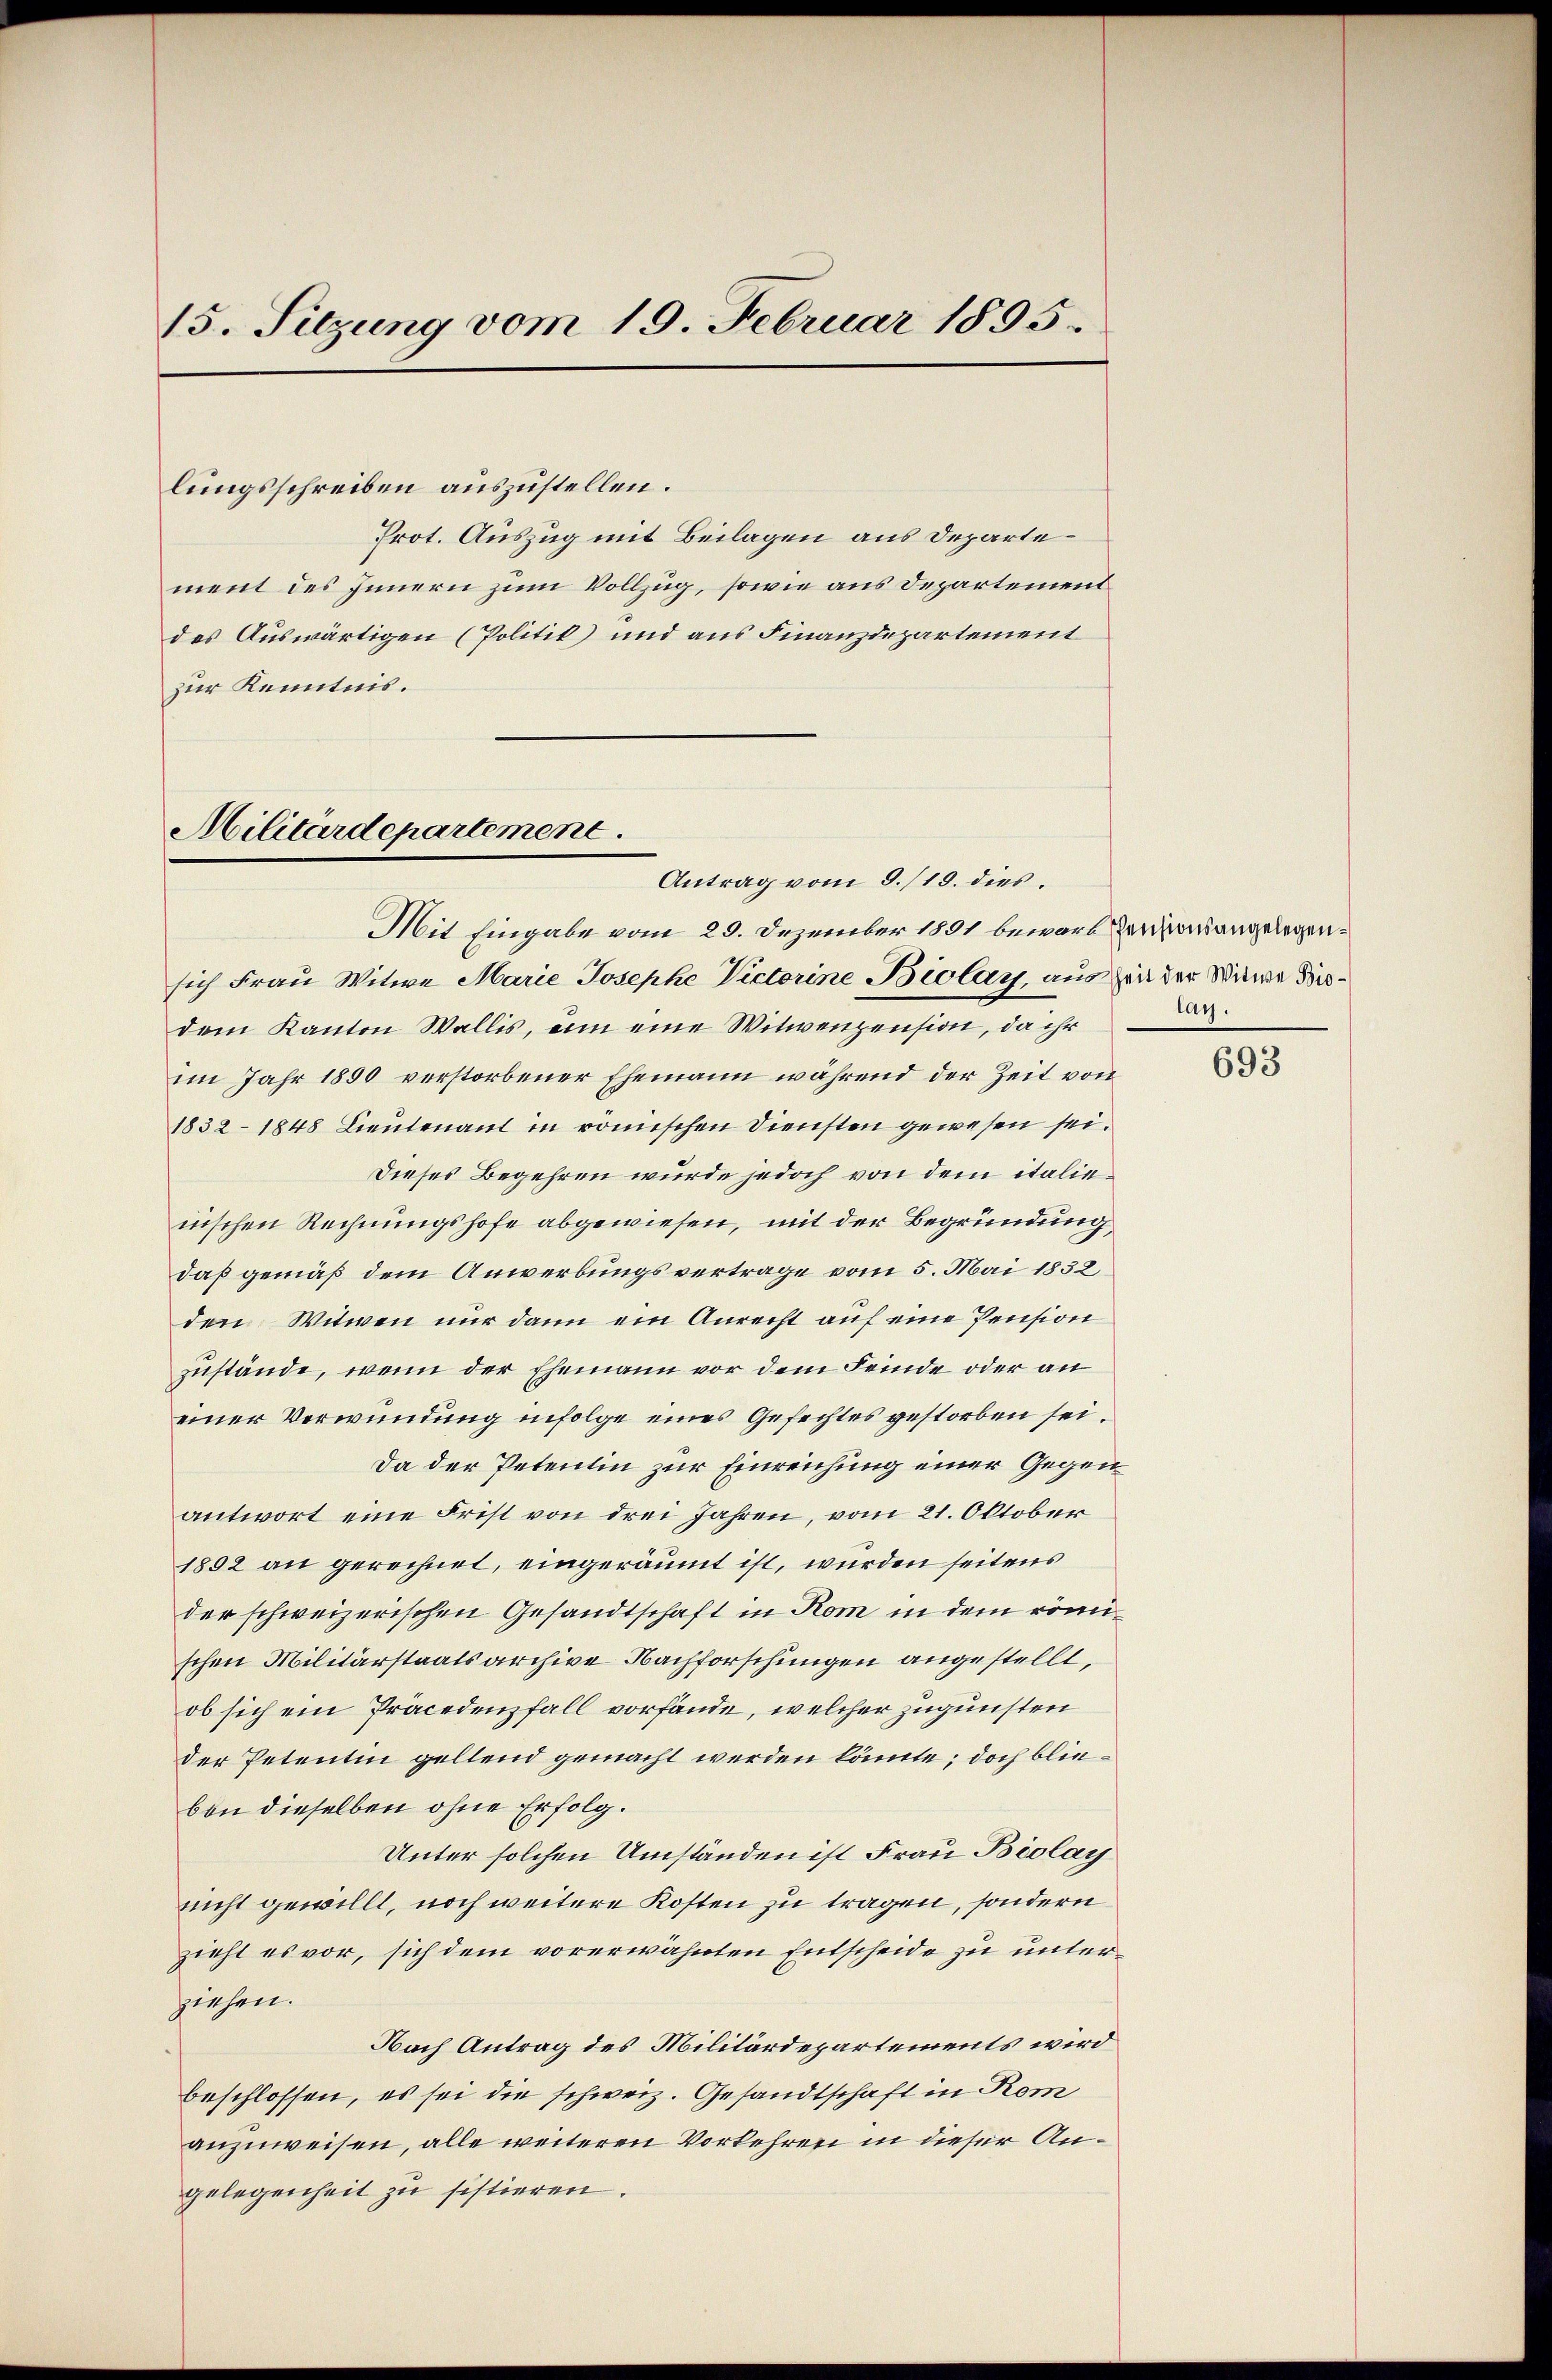
15. Sitzung vom 19. Februar 1895.

Militärdepartement
Antrag vom 9./19. dies.

lungsschreiben auszustellen.
Prot. Auszug mit Beilagen aus Departement des Innern zum Vollzug, sowie aus Departement
des Auswärtigen (Politik und aus Finanzdepartement
zur Kenntnis.

Mit Eingabe vom 29. Dezember 1891 bewart Pensionsangelegensich Frau Witwe Marie Josephe Victorine Biolay, aus Zeit der Witwe Brisdem Kanton Wallis, ein eine Witwenpension, da ihr
im Jahr 1890 verstorbener Ehemann während der Zeit von
1832 - 1848 Lieutenant in römischen Diensten gewesen sei.
Dieses Begehren wurde jedoch von dem italienischen Rechnungshofe abgewiesen, mit der Begründung
daß gemäß dem Anwerbungsvertrage vom 5. Mai 1832
den Witwen nur dann ein Anrecht auf eine Pension
zustände, wenn der Ehemann vor dem Feinde oder an
einer Verwundung infolge eines Gefechtes gestorben sei.
Da der Petentin zur Einreichung einer Gegenantwort eine Frist von drei Jahren, vom 21. Oktober
1892 an gerechnet, eingeräumt ist, wurden seitens
der schweizerischen Gesandtschaft in Rom in dem römischen Militärstaatsarchive Nachforschungen angestellt,
ob sich ein Präcedenfall vorfände, welcher zugunsten
der Petentin geltend gemacht werden könnte; doch bliebon dieselben ohne Erfolg.
Unter solchen Umständen ist Frau Biolay
nicht gewillt, noch weitere Kosten zu tragen, sondern
zieht es vor, sich dem vorerwähnten Entscheide zu unterziehen.
Nach Antrag des Militärdepartements wird
beschlossen, es sei die schweiz. Gesandtschaft in Rom
anzuweisen, alle weiteren Vorkehren in dieser Angelegenheit zu sistieren.

lag.

693